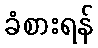
ခံစားရန်